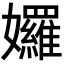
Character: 𡤢